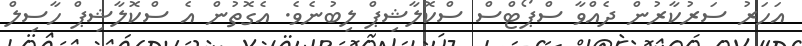
އަހަރު ސަރުކާރުން ދެއްވާ ސްޕޯޓްސް ސްކޮލާޝިޕް ލިބުނެވެ. އެގޮތުން އެ ސްކޮލާޝިޕް ހާސިލް